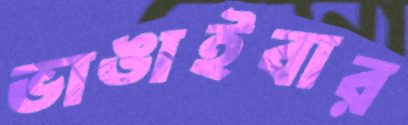
ভাঙাইবার